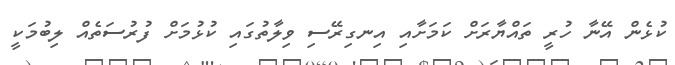
ކުޅެން އޭނާ ހުރީ ތައްޔާރަށް ކަމަށާއި އިނގިރޭސި ވިލާތުގައި ކުޅުމަށް ފުރުސަތެއް ލިބުމަކީ